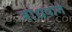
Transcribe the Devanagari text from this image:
बांधवाने